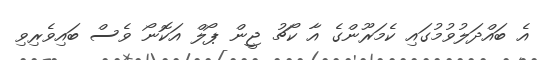
އެ ބައްދަލުވުމުގައި ކެމަރޫންގެ އާ ކޯޗު ޖީން ޕޯލް އަކޮނޯ ވެސް ބައިވެރިވި